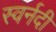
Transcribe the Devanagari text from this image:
स्वर्नदी